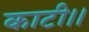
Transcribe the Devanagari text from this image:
काटी।।